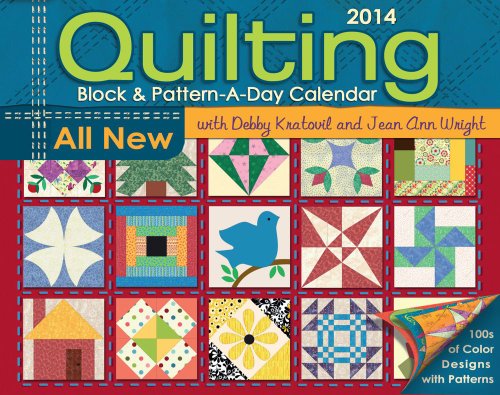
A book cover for Quilting Block & Pattern-a-Day 2014 Calendar; Debbie Kratovil; Calendars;